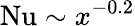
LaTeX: \mathrm{Nu}\sim x^{-0.2}